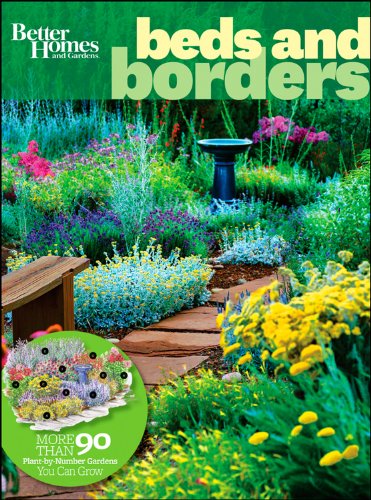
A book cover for Beds & Borders (Better Homes and Gardens Gardening); Better Homes and Gardens; Crafts, Hobbies & Home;